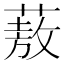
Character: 蔜